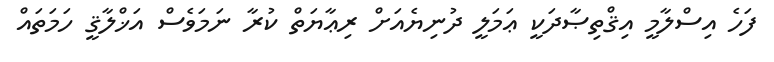
ފަހެ އިސްލާމީ އިޤްތިޞާދަކީ ޢަމަލީ ދުނިޔެއަށް ރިޢާޔަތް ކުރާ ނަމަވެސް އަޚްލާޤީ ހަމަތައް